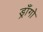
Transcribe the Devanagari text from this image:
ड्राँगो